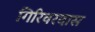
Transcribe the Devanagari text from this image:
गिरिवरदास